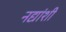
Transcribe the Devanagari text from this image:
नद्यांशी